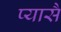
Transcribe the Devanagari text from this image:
प्यासै